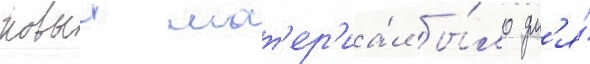
новыи мат'ер'иа́л бы́ло дл'я́